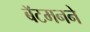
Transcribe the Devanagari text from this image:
बॅटमनने